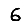
Digit: 6